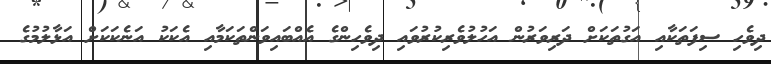
ދިވެހި ސިފަތަކާއި އަގުތަކަށް ދަރިވަރުން އަހުލުވެރިކުރުވައި ދިވެހިންގެ އެއްބައިވަންތަކަމާއި އެކަކު އަނެކަކަށް އަޅާލުމުގެ